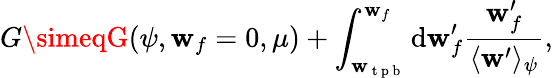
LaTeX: G\simeqG(\psi,\mathbf{w}_{f}=0,\mu)+\int_{\mathbf{w}_{\mathrm{{~t~p~b~}}}}^{\mathbf{w}_{f}}\mathrm{{d}}\mathbf{w}_{f}^{\prime}\frac{{\mathbf{w}_{f}^{\prime}}}{{\langle\mathbf{w}^{\prime}\rangle_{\psi}}},